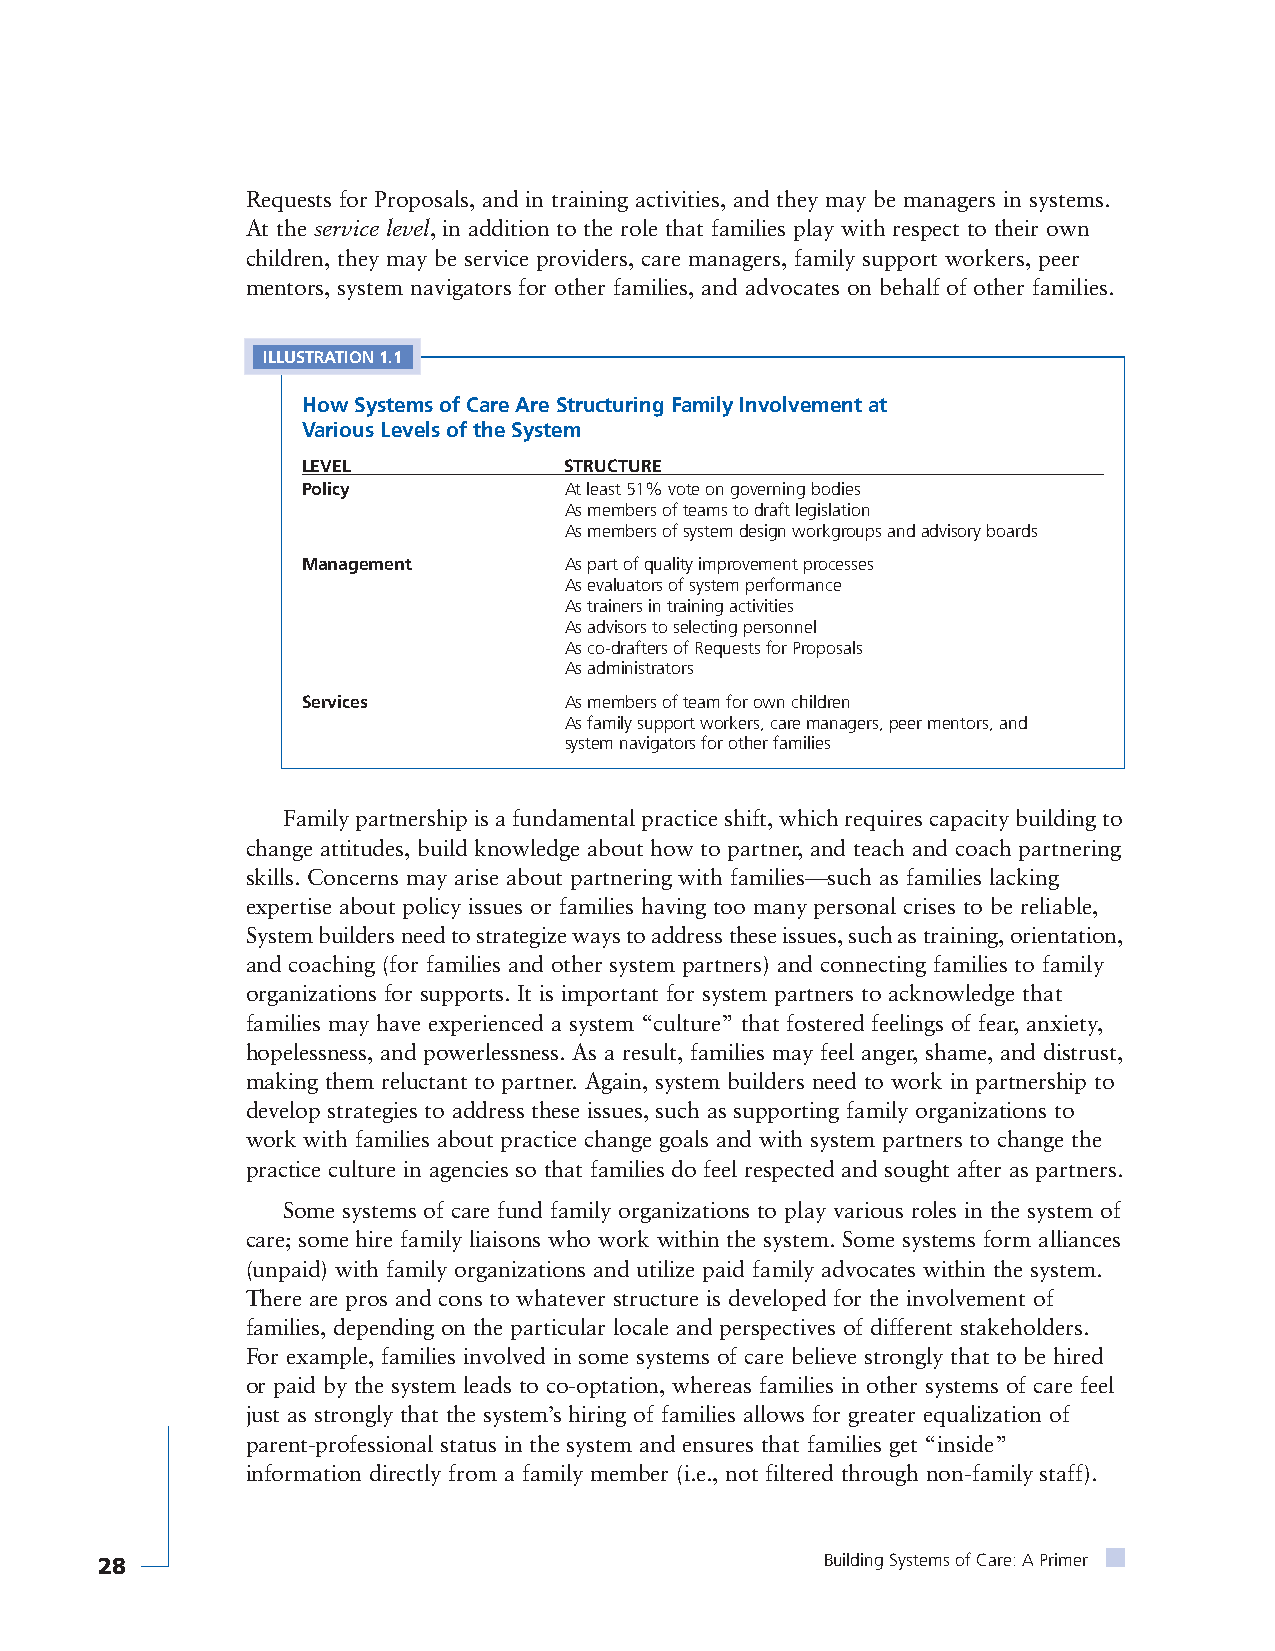
Requests for Proposals, and in training activities, and they may be managers in systems.
 At the service level, in addition to the role that families play with respect to their own
 children, they may be service providers, care managers, family support workers, peer
 mentors, system navigators for other families, and advocates on behalf of other families.
 ILLUSTRATION 1.1
 How Systems of Care Are Structuring Family Involvement at
 Various Levels of the System
 LEVEL            STRUCTURE
 Policy           At least 51% vote on governing bodies
 As members of teams to draft legislation
 As members of system design workgroups and advisory boards
 Management       As part of quality improvement processes
 As evaluators of system performance
 As trainers in training activities
 As advisors to selecting personnel
 As co-drafters of Requests for Proposals
 As administrators
 Services         As members of team for own children
 As family support workers, care managers, peer mentors, and
 system navigators for other families
 Family partnership is a fundamental practice shift, which requires capacity building to
 change attitudes, build knowledge about how to partner, and teach and coach partnering
 skills. Concerns may arise about partnering with families—such as families lacking
 expertise about policy issues or families having too many personal crises to be reliable,
 System builders need to strategize ways to address these issues, such as training, orientation,
 and coaching (for families and other system partners) and connecting families to family
 organizations for supports. It is important for system partners to acknowledge that
 families may have experienced a system “culture” that fostered feelings of fear, anxiety,
 hopelessness, and powerlessness. As a result, families may feel anger, shame, and distrust,
 making them reluctant to partner. Again, system builders need to work in partnership to
 develop strategies to address these issues, such as supporting family organizations to
 work with families about practice change goals and with system partners to change the
 practice culture in agencies so that families do feel respected and sought after as partners.
 Some systems of care fund family organizations to play various roles in the system of
 care; some hire family liaisons who work within the system. Some systems form alliances
 (unpaid) with family organizations and utilize paid family advocates within the system.
 There are pros and cons to whatever structure is developed for the involvement of
 families, depending on the particular locale and perspectives of different stakeholders.
 For example, families involved in some systems of care believe strongly that to be hired
 or paid by the system leads to co-optation, whereas families in other systems of care feel
 just as strongly that the system’s hiring of families allows for greater equalization of
 parent-professional status in the system and ensures that families get “inside”
 information directly from a family member (i.e., not filtered through non-family staff).
 28                                               Building Systems of Care: A Primer